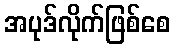
အပုဒ်လိုက်ဖြစ်စေ